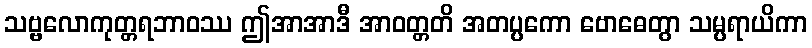
သဗ္ဗလောကုတ္တရဘာဝဿ ဤအာအာဒီ အာဝတ္တတိ အတပ္ပကော ဗောဓေတွာ သမ္ပရာယိကာ